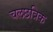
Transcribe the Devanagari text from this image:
चलछत्रिक